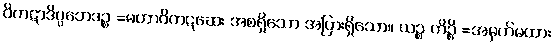
ဝိကဋာဒိပ္ပဘေဒဉ္စ =မဟာဝိကဋဆေး အစရှိသော အပြားရှိသော။ ယဉ္စ ကိဉ္စိ =အမှတ်မထား